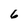
Character: 6